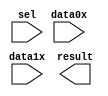
// megafunction wizard: %LPM_MUX%VBB%
// GENERATION: STANDARD
// VERSION: WM1.0
// MODULE: LPM_MUX 

// ============================================================
// Megafunction Name(s):
// 			LPM_MUX
//
// Simulation Library Files(s):
// 			lpm
// ============================================================
// ************************************************************
// THIS IS A WIZARD-GENERATED FILE. DO NOT EDIT THIS FILE!
//
// 18.0.0 Build 614 04/24/2018 SJ Standard Edition
// ************************************************************

//Copyright (C) 2018  Intel Corporation. All rights reserved.
//Your use of Intel Corporation's design tools, logic functions 
//and other software and tools, and its AMPP partner logic 
//functions, and any output files from any of the foregoing 
//(including device programming or simulation files), and any 
//associated documentation or information are expressly subject 
//to the terms and conditions of the Intel Program License 
//Subscription Agreement, the Intel Quartus Prime License Agreement,
//the Intel FPGA IP License Agreement, or other applicable license
//agreement, including, without limitation, that your use is for
//the sole purpose of programming logic devices manufactured by
//Intel and sold by Intel or its authorized distributors.  Please
//refer to the applicable agreement for further details.

module mx2to1 (
	data0x,
	data1x,
	sel,
	result);

	input	[11:0]  data0x;
	input	[11:0]  data1x;
	input	  sel;
	output	[11:0]  result;

endmodule

// ============================================================
// CNX file retrieval info
// ============================================================
// Retrieval info: PRIVATE: INTENDED_DEVICE_FAMILY STRING "MAX 10"
// Retrieval info: PRIVATE: SYNTH_WRAPPER_GEN_POSTFIX STRING "0"
// Retrieval info: PRIVATE: new_diagram STRING "1"
// Retrieval info: LIBRARY: lpm lpm.lpm_components.all
// Retrieval info: CONSTANT: LPM_SIZE NUMERIC "2"
// Retrieval info: CONSTANT: LPM_TYPE STRING "LPM_MUX"
// Retrieval info: CONSTANT: LPM_WIDTH NUMERIC "12"
// Retrieval info: CONSTANT: LPM_WIDTHS NUMERIC "1"
// Retrieval info: USED_PORT: data0x 0 0 12 0 INPUT NODEFVAL "data0x[11..0]"
// Retrieval info: USED_PORT: data1x 0 0 12 0 INPUT NODEFVAL "data1x[11..0]"
// Retrieval info: USED_PORT: result 0 0 12 0 OUTPUT NODEFVAL "result[11..0]"
// Retrieval info: USED_PORT: sel 0 0 0 0 INPUT NODEFVAL "sel"
// Retrieval info: CONNECT: @data 0 0 12 0 data0x 0 0 12 0
// Retrieval info: CONNECT: @data 0 0 12 12 data1x 0 0 12 0
// Retrieval info: CONNECT: @sel 0 0 1 0 sel 0 0 0 0
// Retrieval info: CONNECT: result 0 0 12 0 @result 0 0 12 0
// Retrieval info: GEN_FILE: TYPE_NORMAL mx2to1.v TRUE
// Retrieval info: GEN_FILE: TYPE_NORMAL mx2to1.inc FALSE
// Retrieval info: GEN_FILE: TYPE_NORMAL mx2to1.cmp FALSE
// Retrieval info: GEN_FILE: TYPE_NORMAL mx2to1.bsf TRUE
// Retrieval info: GEN_FILE: TYPE_NORMAL mx2to1_inst.v FALSE
// Retrieval info: GEN_FILE: TYPE_NORMAL mx2to1_bb.v TRUE
// Retrieval info: LIB_FILE: lpm